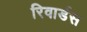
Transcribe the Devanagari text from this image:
रिवार्डस